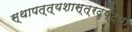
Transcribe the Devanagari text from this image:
स्थापत्त्यशास्त्रदृष्ट्या